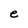
Character: e